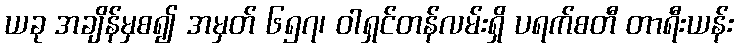
ယခု အချိန်မှစ၍ အမှတ် ၆၅၇၊ ဝါရှင်တန်လမ်းရှိ ပရက်စတီ တာရီးယန်း